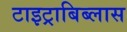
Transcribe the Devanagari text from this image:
टाइट्राबिब्लास